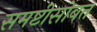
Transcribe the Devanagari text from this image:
समष्टीसोबत